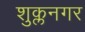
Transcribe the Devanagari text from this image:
शुक्लनगर